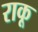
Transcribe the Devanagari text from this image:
राकू